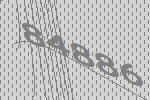
84886